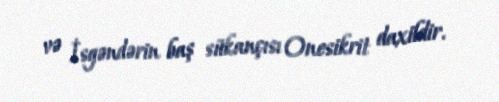
və İsgəndərin baş sükançısı Onesikrit daxildir.